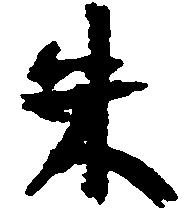
朱